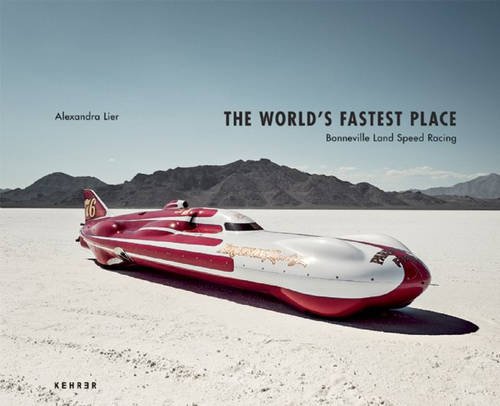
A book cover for The World's Fastest Place: Bonneville Landspeed Racing; Engineering & Transportation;